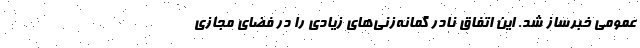
عمومی خبرساز شد. این اتفاق نادر گمانه‌زنی‌های زیادی را در فضای مجازی